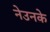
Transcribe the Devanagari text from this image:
नेउनके